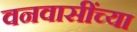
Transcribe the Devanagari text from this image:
वनवासींच्या